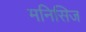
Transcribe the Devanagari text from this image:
मनिसिज